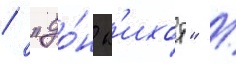
/ "до́н к'ихот" /